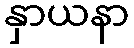
နှာယနာ